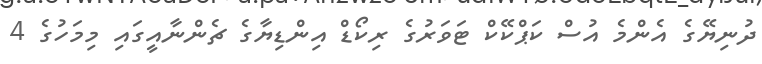
ދުނިޔޭގެ އެންމެ އުސް ކަޕްކޭކް ޓަވަރުގެ ރިކޯޑް އިންޑިޔާގެ ޗެންނާއީގައި މިމަހުގެ 4